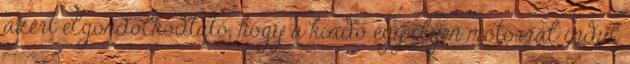
azért elgondolkodtató, hogy a kiadó egy ilyen motorral indul